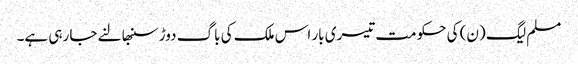
مسلم لیگ (ن) کی حکومت تیسری بار اس ملک کی باگ دوڑ سنبھالنے جا رہی ہے۔